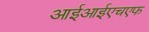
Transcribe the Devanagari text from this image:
आईआईएचएफ